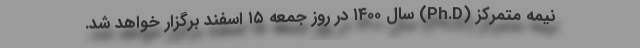
نیمه متمرکز (Ph.D) سال ۱۴۰۰ در روز جمعه ۱۵ اسفند برگزار خواهد شد.